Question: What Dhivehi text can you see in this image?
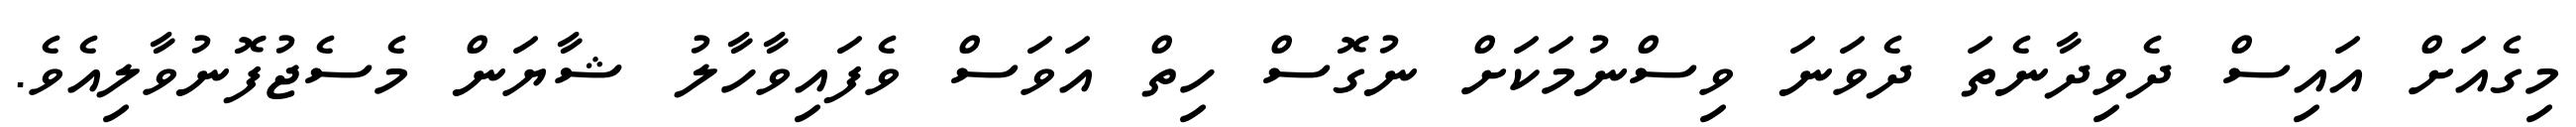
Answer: މިގެއަށް އައިސް ދެވިދާނެތަ ދެވަނަ ވިސްނުމަކަށް ނުގޮސް ހިތް އަވަސް ވެފައިވާހާލު ޝާޔަން މެސެޖުފޮނުވާލިއެވެ.